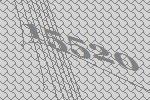
15520